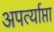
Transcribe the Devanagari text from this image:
अपर्त्याप्ता